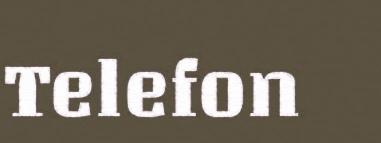
Telefon